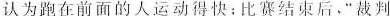
认为跑在前面的人运动得快：比赛结束后，”裁判